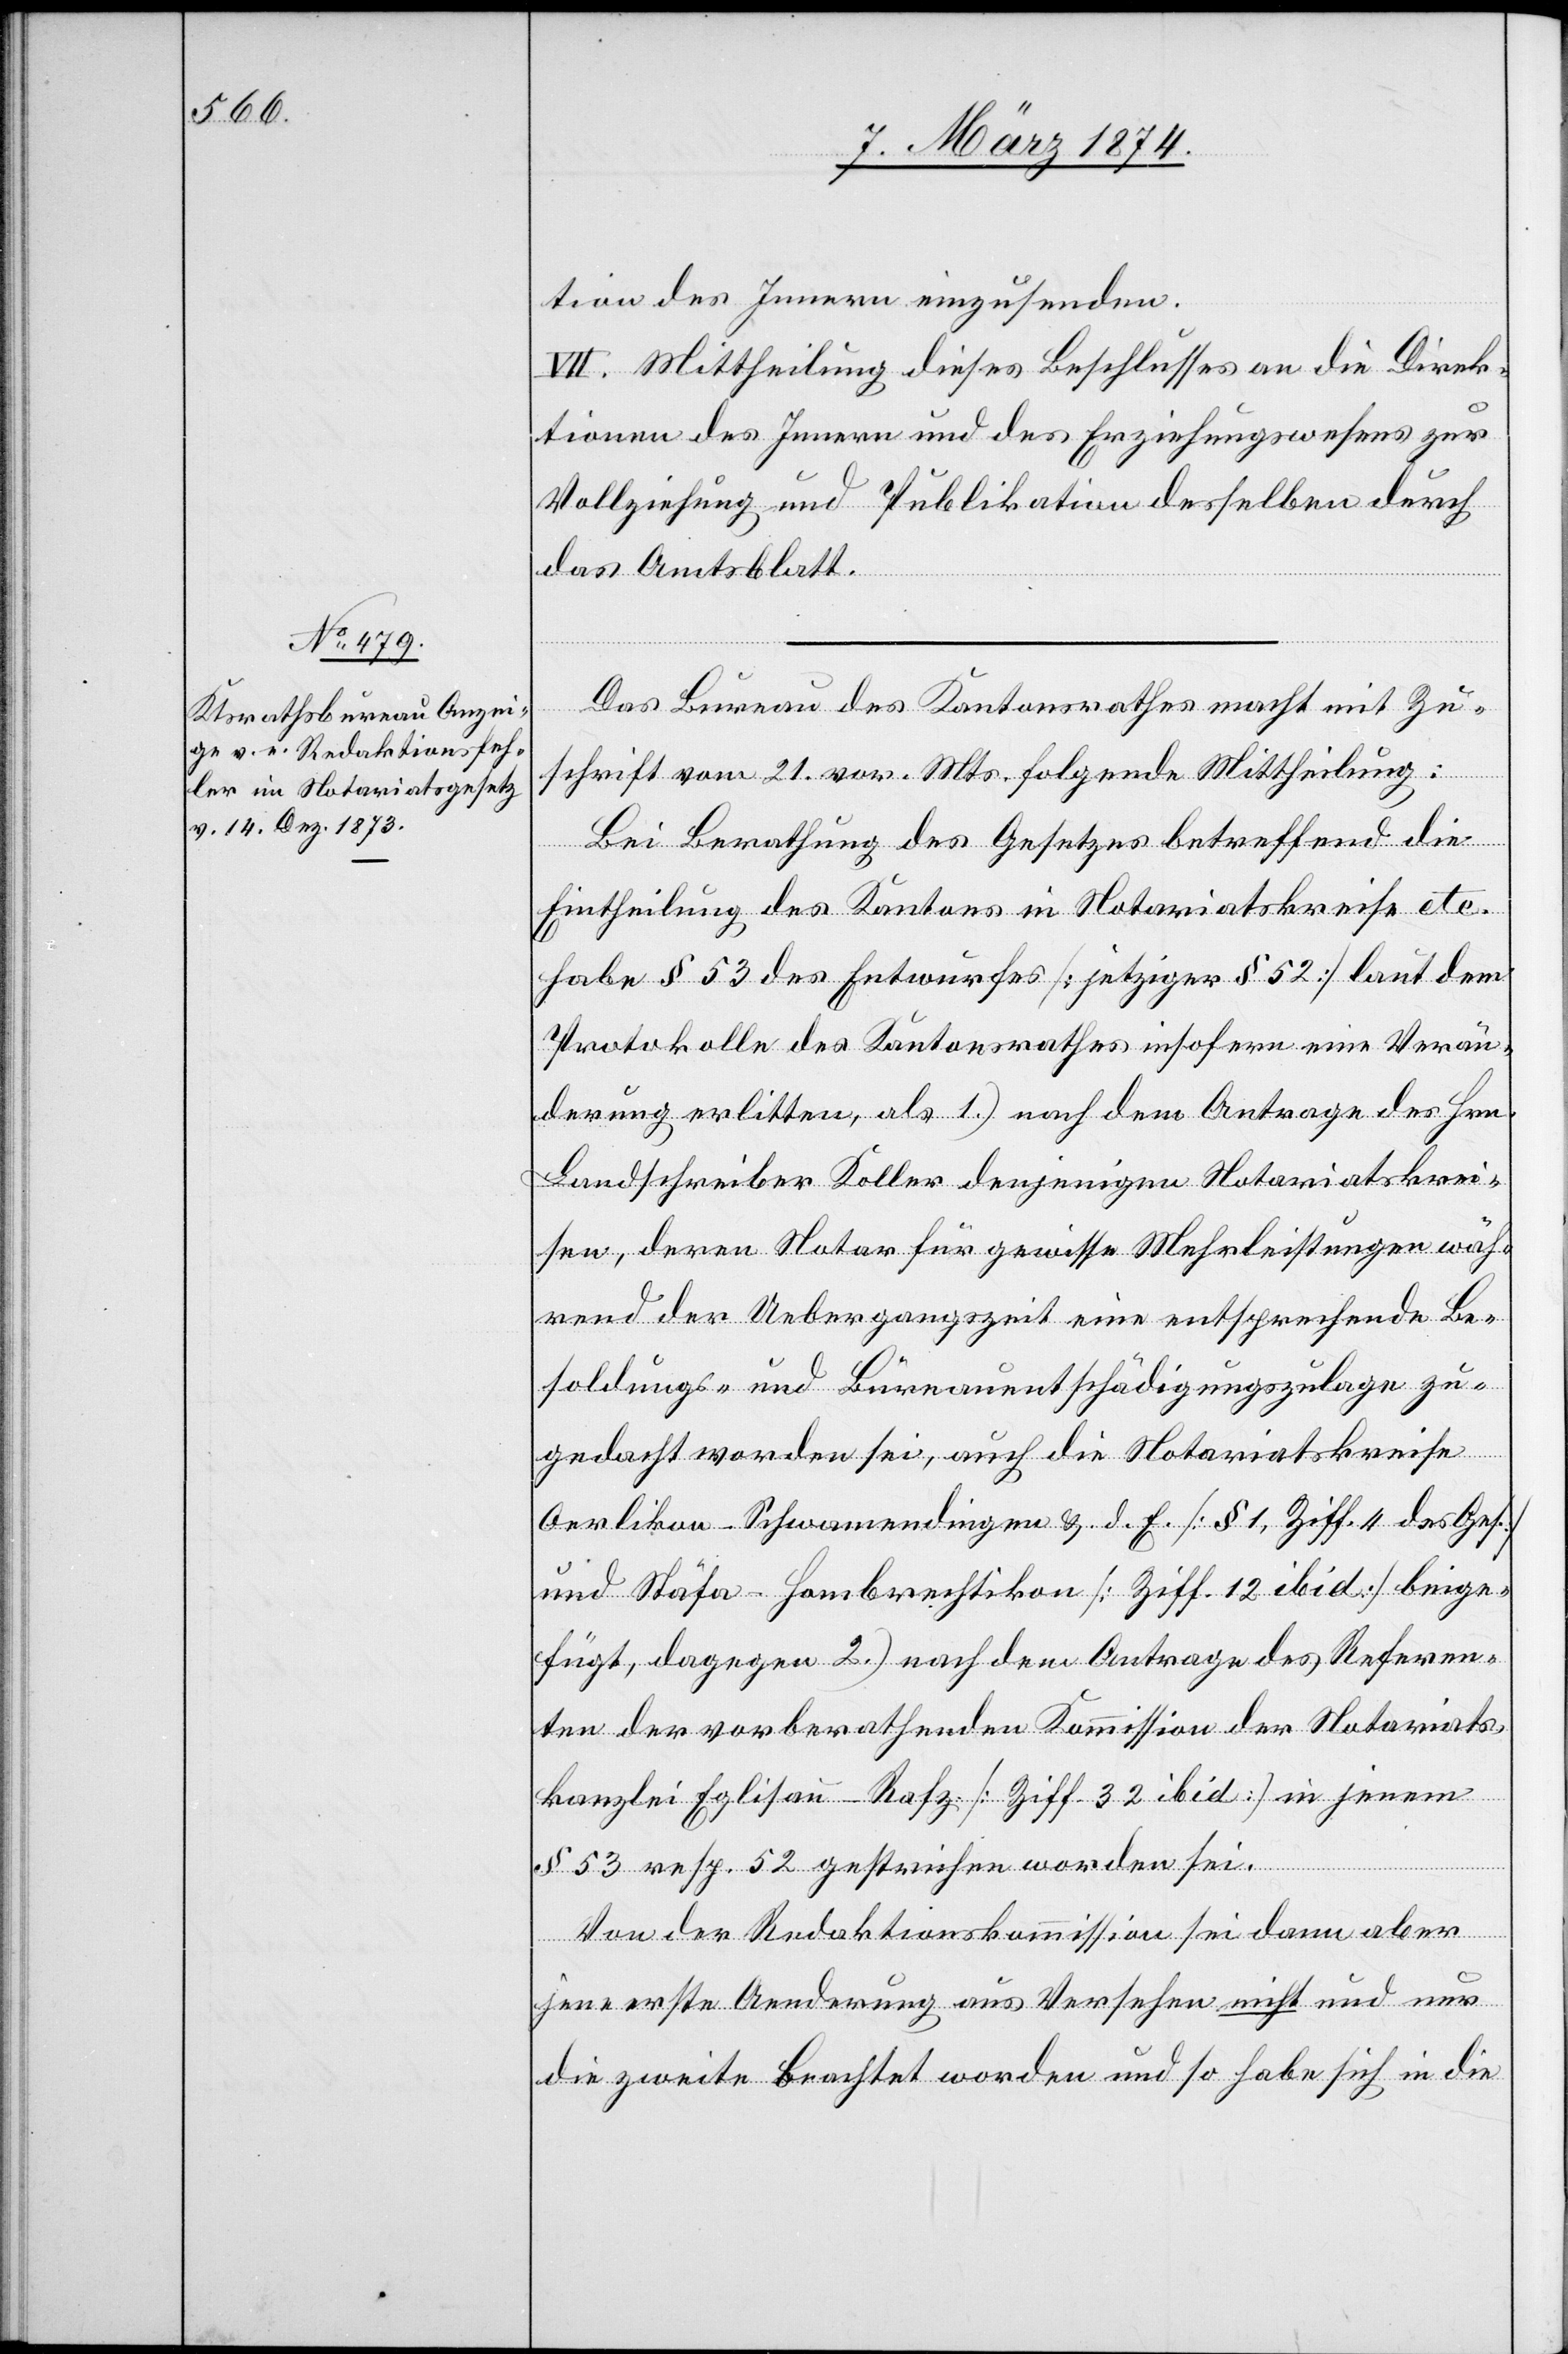
tion des Innern einzusenden.
VII. Mittheilung dieses Beschlusses an die Direk¬
tionen des Innern und des Erziehungswesens zur
Vollziehung und Publikation desselben durch
das Amtsblatt.
Das Bureau des Kantonsrathes macht mit Zu¬
schrift vom 21. vor. Mts. folgende Mittheilung:
Bei Berathung des Gesetzes betreffend die
Eintheilung des Kantons in Notariatskreise etc.
habe § 53 des Entwurfes [jetziger § 52] laut dem
Protokolle des Kantonsrathes insofern eine Verän¬
derung erlitten, als 1.) nach dem Antrage des Hrn.
Landschreiber Koller denjenigen Notariatskrei¬
sen, deren Notar für gewisse Mehrleistungen wäh¬
rend der Uebergangszeit eine entsprechende Be¬
soldungs- und Bureauentschädigungszulage zu¬
gedacht worden sei, auch die Notariatskreise
Oerlikon-Schwamendingen u. d. E. [§ 1, Ziff. 4 des Ges.]
und Stäfa-Hombrechtikon [Ziff. 12 ibid] beige¬
fügt, dagegen 2.) nach dem Antrage des Referen¬
ten der vorberathenden Kommission der Notariats¬
kanzlei Eglisau-Rafz [Ziff. 32 ibid] in jenem
§ 53 resp. 52 gestrichen worden sei.
Von der Redaktionskommission sei dann aber
jene erste Aenderung aus Versehen nicht und nur
die zweite beachtet worden und so habe sich in die